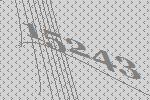
15243